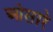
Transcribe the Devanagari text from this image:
ओसारे